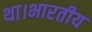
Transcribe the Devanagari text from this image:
था।भारतीय